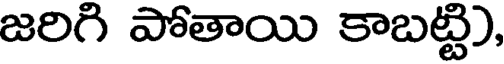
జరిగి పోతాయి కాబట్టి),